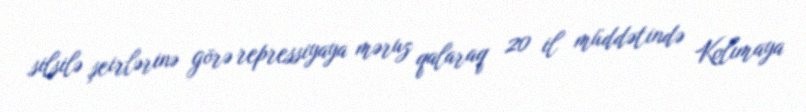
silsilə şeirlərinə görə repressiyaya məruz qalaraq 20 il müddətində Kolımaya